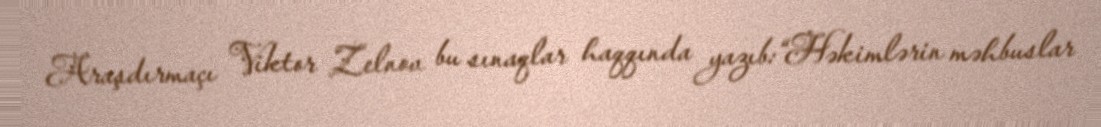
Araşdırmaçı Viktor Zelnov bu sınaqlar haqqında yazıb:“Həkimlərin məhbuslar